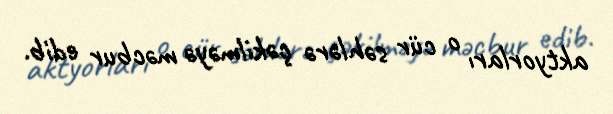
aktyorları o cür səhlərə çəkilməyə məcbur edib.